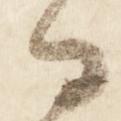
日